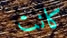
كانت